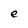
Character: e